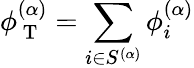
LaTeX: {\phi_{\mathrm{~T~}}^{(\alpha)}=\sum_{i\in S^{(\alpha)}}\phi_{i}^{(\alpha)}}